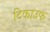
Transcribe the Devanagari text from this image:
टिकाउफ